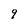
Character: 9